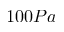
1 0 0 P a